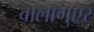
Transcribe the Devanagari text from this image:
बालागुएर